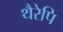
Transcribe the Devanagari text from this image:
थैरेपि